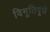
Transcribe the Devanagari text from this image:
विभूतिपूजे